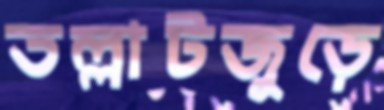
তল্লাটজুড়ে